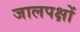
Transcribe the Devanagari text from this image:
जालपक्षों